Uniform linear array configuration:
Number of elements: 24
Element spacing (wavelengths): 0.5
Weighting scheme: binomial
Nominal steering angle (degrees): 0
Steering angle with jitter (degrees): -1.863
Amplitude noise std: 0.05
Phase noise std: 0.05

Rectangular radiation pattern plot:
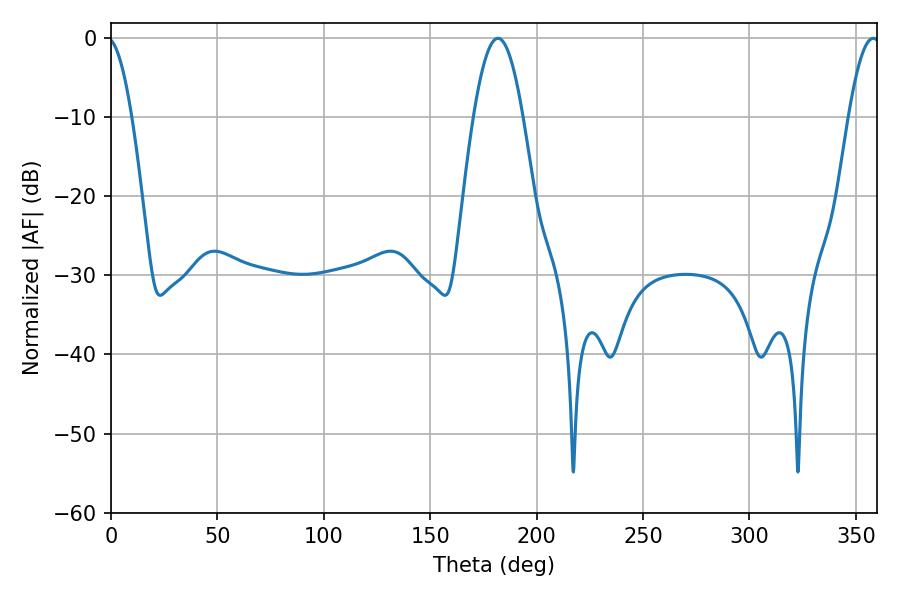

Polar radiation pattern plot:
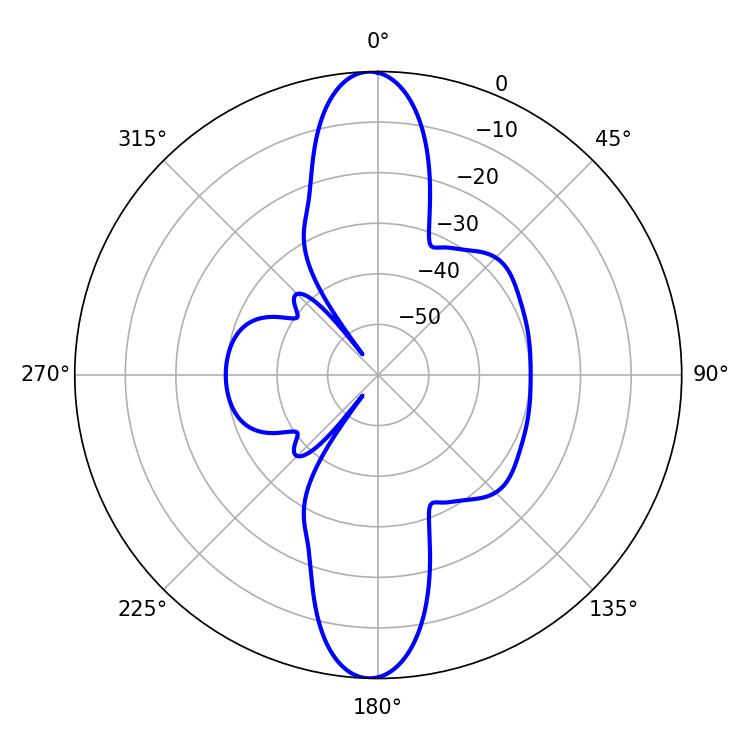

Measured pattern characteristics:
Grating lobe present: FALSE
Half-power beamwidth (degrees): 12.6
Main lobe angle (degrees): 181.8